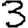
Digit: 3